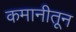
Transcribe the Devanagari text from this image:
कमानीतून